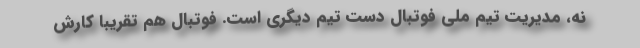
نه، مدیریت تیم ملی فوتبال دست تیم دیگری است. فوتبال هم تقریبا کارش